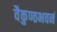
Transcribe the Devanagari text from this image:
वैकुण्ठभवनं